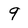
Character: 9